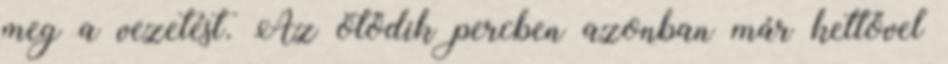
meg a vezetést. Az ötödik percben azonban már kettővel